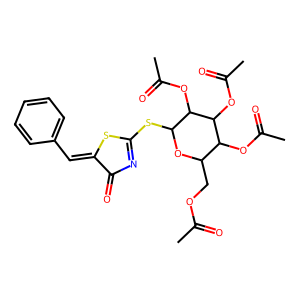
SMILES: CC(=O)OCC1OC(SC2=NC(=O)C(=Cc3ccccc3)S2)C(OC(C)=O)C(OC(C)=O)C1OC(C)=O
Inhibits HIV replication: No